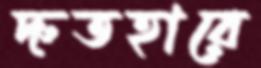
দ্রুতহারে